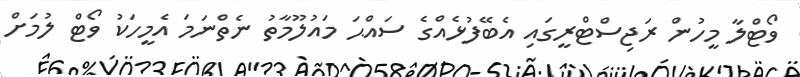
ވޯޓްލާ މީހުން ރަޖިސްޓްރީގައި އެބޭފުޅެއްގެ ސައްޙަ މައުލޫމާތު ނެތްނަމަ އެމީހަކު ވޯޓް ލުމަށް